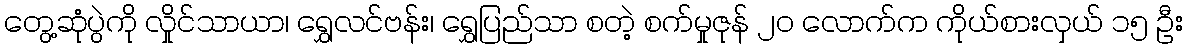
တွေ့ဆုံပွဲကို လှိုင်သာယာ၊ ရွှေလင်ဗန်း၊ ရွှေပြည်သာ စတဲ့ စက်မှုဇုန် ၂၀ လောက်က ကိုယ်စားလှယ် ၁၅ ဦး